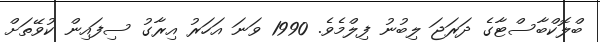
ބްލޮކްބާސްޓާގެ ދަރަޖަ ލިބުނު ފިލްމެވެ. 1990 ވަނަ އަހަރު އިރާގު ސިފައިން ކުވޭތަށް